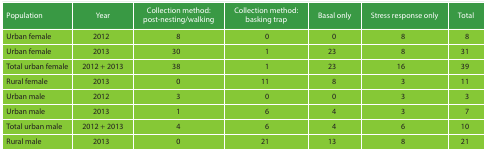
| Population | Year | Collection method: post-nesting/walking | Collection method: basking trap | Basal only | Stress response only | Total |
 | --- | --- | --- | --- | --- | --- | --- |
 | Urban female | 2012 | 8 | 0 | 0 | 8 | 8 |
 | Urban female | 2013 | 30 | 1 | 23 | 8 | 31 |
 | Total urban female | 2012 + 2013 | 38 | 1 | 23 | 16 | 39 |
 | Rural female | 2013 | 0 | 11 | 8 | 3 | 11 |
 | Urban male | 2012 | 3 | 0 | 0 | 3 | 3 |
 | Urban male | 2013 | 1 | 6 | 4 | 3 | 7 |
 | Total urban male | 2012 + 2013 | 4 | 6 | 4 | 6 | 10 |
 | Rural male | 2013 | 0 | 21 | 13 | 8 | 21 |